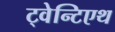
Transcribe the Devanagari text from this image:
ट्वेन्टिएथ